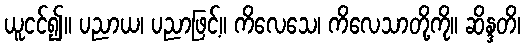
ယူငင်၍။ ပညာယ၊ ပညာဖြင့်။ ကိလေသေ၊ ကိလေသာတို့ကို။ ဆိန္ဒတိ၊